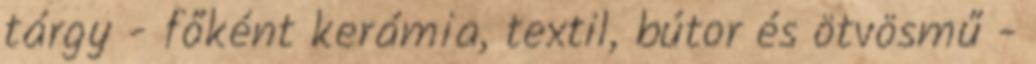
tárgy - főként kerámia, textil, bútor és ötvösmű -